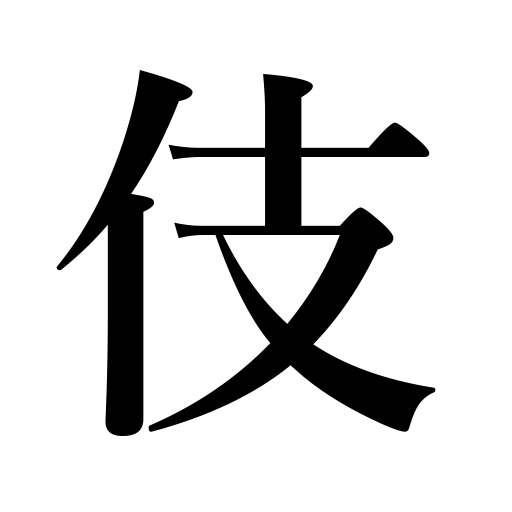
Meanings: skill,deed